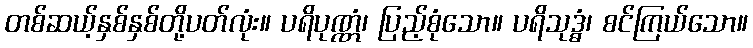
တစ်ဆယ့်နှစ်နှစ်တို့ပတ်လုံး။ ပရိပုဏ္ဏံ၊ ပြည့်စုံသော။ ပရိသုဒ္ဓံ၊ စင်ကြယ်သော။